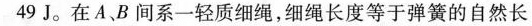
49 J。在 A、B间 系一轻质细绳，细绳长度等于弹簧的自然长